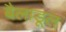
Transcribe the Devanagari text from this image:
बैलाडूल